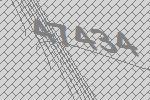
47434